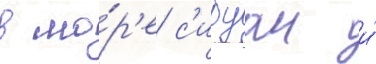
в мо́р'е с'ибуан и́